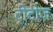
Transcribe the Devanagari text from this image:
ट्रीटीज